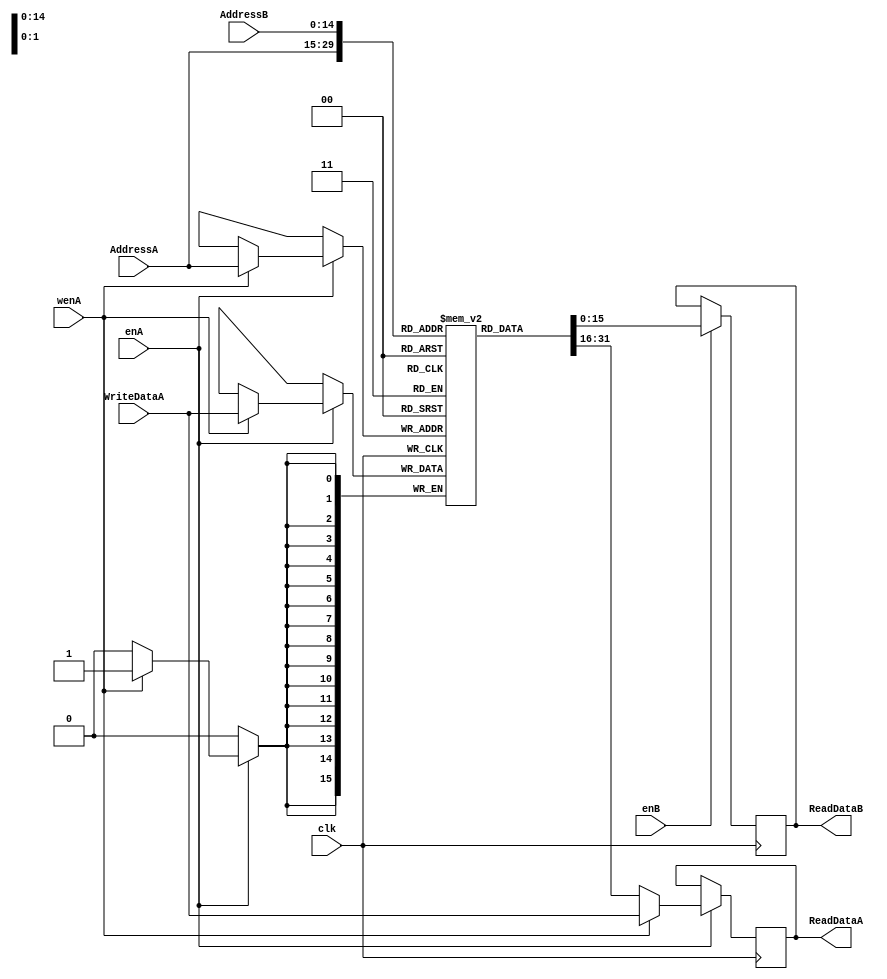
module Memory_Management(
    input clk,
    input enA,
    input wenA,
	 input enB,
    input [15:0] WriteDataA,
    input [14:0] AddressA,
	 input [14:0] AddressB,
    output reg [15:0] ReadDataA,
	 output reg [15:0] ReadDataB	 
    );
	
	//parameter RAM_WIDTH = 16; //<ram_width>;
	//parameter RAM_ADDR_BITS = 10; //<ram_addr_bits>;
		
 
	// Notice that the address bits = 10 implies 1024 words, which can be included in
	// one block. If this is increased to 11, the tool will map it to 2 BRAMs. 
	// View Tech Schematic.
	// RAM_ADDR_BITS = 15 will address 32 blocks of RAM. If this is extended to 16, then
	// the tool will also start synthesizing distributed RAM, and that will just be infeasible.
	
/*	 // Port A
	 input clk, enA, weA;
	 input [RAM_WIDTH-1:0] din;
	 input [RAM_ADDR_BITS-1:0] addr;
	 output reg [RAM_WIDTH-1:0] dout;
	 
	 // Port B description is your job
	 input en, we;
	 input [RAM_WIDTH-1:0] din;
	 input [RAM_ADDR_BITS-1:0] addr;
	 output reg [RAM_WIDTH-1:0] dout;*/
	 

   
    reg [15:0] the_memory_core [(2**15-1):0];
//   reg [RAM_WIDTH-1:0] <output_data>;
//
//   <reg_or_wire> [RAM_ADDR_BITS-1:0] <address>;
//   <reg_or_wire> [RAM_WIDTH-1:0] <input_data>;


	 always @(posedge clk)
			if (enA == 1'b1) begin
				if (wenA == 1'b1) begin
					the_memory_core[AddressA] <= WriteDataA;
					// In write-first mode, the din is also passed on to dout
					ReadDataA <= WriteDataA;
				end
				else
					ReadDataA <= the_memory_core[AddressA];
			end
			
	 always @(posedge clk)
			if (enB == 1'b1) begin
				ReadDataB <= the_memory_core[AddressB];
			end
			else 
				begin
					ReadDataB <= ReadDataB;
				end
	

endmodule